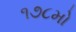
૧૭૮મો